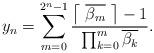
LaTeX: \begin{align*}y_n=\sum_{m=0}^{2^n-1}\frac{\big\lceil\ \overline{\beta_m}\ \big\rceil-1}{\prod_{k=0}^{m}\overline{\beta_k}}.\end{align*}